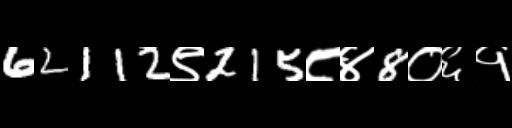
Text: 62112९215८४8०६१